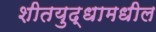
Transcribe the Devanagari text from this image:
शीतयुद्धामधील